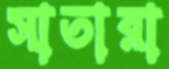
সাতারা